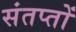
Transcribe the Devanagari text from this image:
संतप्तों